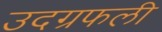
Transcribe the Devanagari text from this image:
उदग्रफली